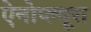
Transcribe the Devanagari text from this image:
ऐनोप्ल्यूरा